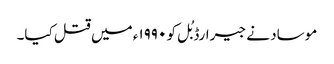
موساد نے جیرارڈ بُل کو ۱۹۹۰ء میں قتل کیا۔